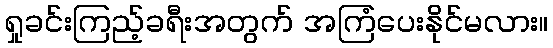
ရှုခင်းကြည့်ခရီးအတွက် အကြံပေးနိုင်မလား။